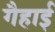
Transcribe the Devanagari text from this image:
गैहाई